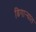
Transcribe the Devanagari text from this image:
ढिगार्‍यात